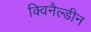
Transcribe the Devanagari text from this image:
क्विनैल्डीन